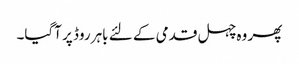
پھر وہ چہل قدمی کے لئے باہر روڈ پر آگیا۔